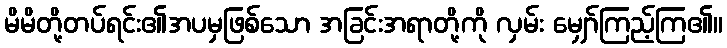
မိမိတို့တပ်ရင်း၏အပမှဖြစ်သော အခြင်းအရာတို့ကို လှမ်း မျှော်ကြည့်ကြ၏။